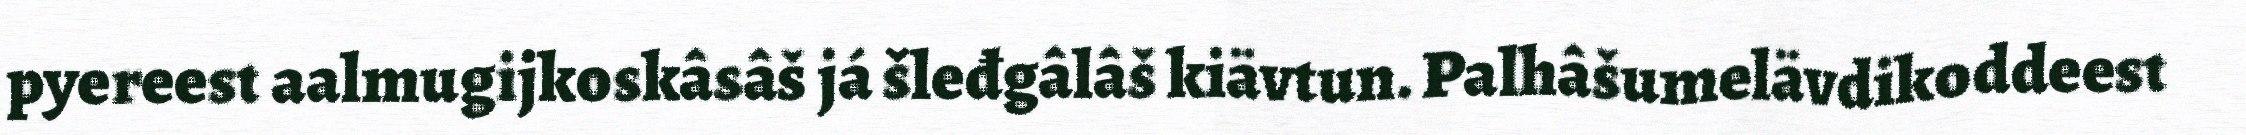
pyereest aalmugijkoskâsâš já šleđgâlâš kiävtun. Palhâšumelävdikoddeest